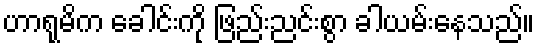
ဟာရုမိက ခေါင်းကို ဖြည်းညင်းစွာ ခါယမ်းနေသည်။